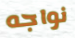
نواجه